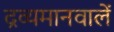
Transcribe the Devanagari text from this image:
द्रव्यमानवालें